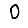
Digit: 0